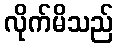
လိုက်မိသည်